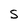
Character: S